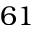
6 1